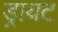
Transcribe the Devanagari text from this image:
ड्रायट